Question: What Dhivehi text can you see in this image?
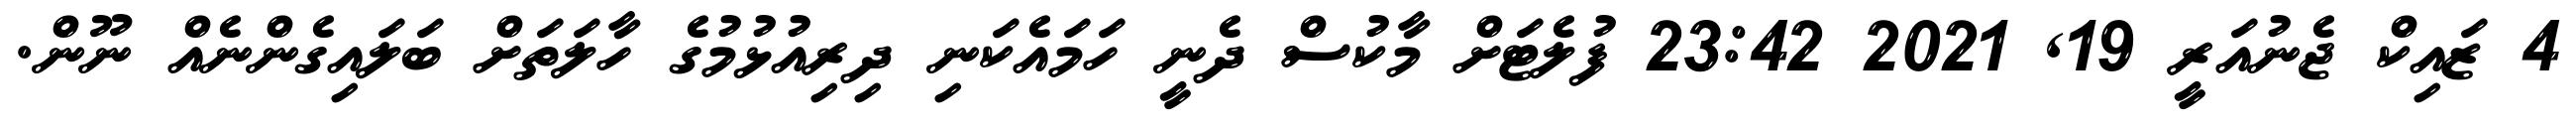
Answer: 4 ޒައިކް ޖެނުއަރީ 19, 2021 23:42 ފުލެޓަށް މާކުސް ދެނީ ހަމައެކަނި ދިރިއުޅުމުގެ ހާލަތަށް ބަލައިގެންނެއް ނޫން.